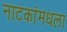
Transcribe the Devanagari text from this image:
नाटकांमधला